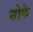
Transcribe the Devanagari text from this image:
सोके